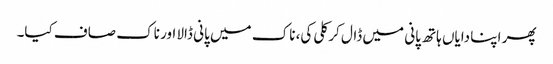
پھر اپنا دایاں ہاتھ پانی میں ڈال کر کلی کی، ناک میں پانی ڈالا اور ناک صاف کیا۔